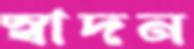
স্বাদন